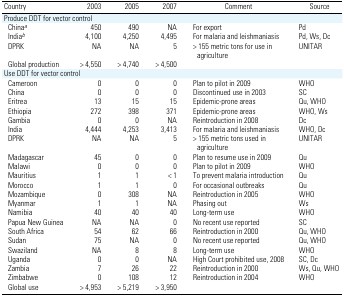
<table><thead><tr><td><b>Country</b></td><td><b>2003</b></td><td><b>2005</b></td><td><b>2007</b></td><td><b>Comment</b></td><td><b>Source</b></td></tr></thead><tbody><tr><td colspan="6">Produce DDT for vector control</td></tr><tr><td> Chinaa</td><td>450</td><td>490</td><td>NA</td><td>For export</td><td>Pd</td></tr><tr><td> Indiab</td><td>4,100</td><td>4,250</td><td>4,495</td><td>For malaria and leishmaniasis</td><td>Pd, Ws, Dc</td></tr><tr><td> DPRK</td><td>NA</td><td>NA</td><td>5</td><td>&gt; 155 metric tons for use in agriculture</td><td>UNITAR</td></tr><tr><td> Global production</td><td>&gt; 4,550</td><td>&gt; 4,740</td><td>&gt; 4,500</td><td></td><td></td></tr><tr><td colspan="6">Use DDT for vector control</td></tr><tr><td> Cameroon</td><td>0</td><td>0</td><td>0</td><td>Plan to pilot in 2009</td><td>WHO</td></tr><tr><td> China</td><td>0</td><td>0</td><td>0</td><td>Discontinued use in 2003</td><td>SC</td></tr><tr><td> Eritrea</td><td>13</td><td>15</td><td>15</td><td>Epidemic-prone areas</td><td>Qu, WHO</td></tr><tr><td> Ethiopia</td><td>272</td><td>398</td><td>371</td><td>Epidemic-prone areas</td><td>WHO, Ws</td></tr><tr><td> Gambia</td><td>0</td><td>0</td><td>NA</td><td>Reintroduction in 2008</td><td>Dc</td></tr><tr><td> India</td><td>4,444</td><td>4,253</td><td>3,413</td><td>For malaria and leishmaniasis</td><td>WHO, Dc</td></tr><tr><td> DPRK</td><td>NA</td><td>NA</td><td>5</td><td>&gt; 155 metric tons used in agriculture</td><td>UNITAR</td></tr><tr><td> Madagascar</td><td>45</td><td>0</td><td>0</td><td>Plan to resume use in 2009</td><td>Qu</td></tr><tr><td> Malawi</td><td>0</td><td>0</td><td>0</td><td>Plan to pilot in 2009</td><td>WHO</td></tr><tr><td> Mauritius</td><td>1</td><td>1</td><td>&lt; 1</td><td>To prevent malaria introduction</td><td>Qu</td></tr><tr><td> Morocco</td><td>1</td><td>1</td><td>0</td><td>For occasional outbreaks</td><td>Qu</td></tr><tr><td> Mozambique</td><td>0</td><td>308</td><td>NA</td><td>Reintroduction in 2005</td><td>WHO</td></tr><tr><td> Myanmar</td><td>1</td><td>1</td><td>NA</td><td>Phasing out</td><td>Ws</td></tr><tr><td> Namibia</td><td>40</td><td>40</td><td>40</td><td>Long-term use</td><td>WHO</td></tr><tr><td> Papua New Guinea</td><td>NA</td><td>NA</td><td>0</td><td>No recent use reported</td><td>SC</td></tr><tr><td> South Africa</td><td>54</td><td>62</td><td>66</td><td>Reintroduction in 2000</td><td>Qu, WHO</td></tr><tr><td> Sudan</td><td>75</td><td>NA</td><td>0</td><td>No recent use reported</td><td>Qu, WHO</td></tr><tr><td> Swaziland</td><td>NA</td><td>8</td><td>8</td><td>Long-term use</td><td>WHO</td></tr><tr><td> Uganda</td><td>0</td><td>0</td><td>NA</td><td>High Court prohibited use, 2008</td><td>SC, Dc</td></tr><tr><td> Zambia</td><td>7</td><td>26</td><td>22</td><td>Reintroduction in 2000</td><td>Ws, Qu, WHO</td></tr><tr><td> Zimbabwe</td><td>0</td><td>108</td><td>12</td><td>Reintroduction in 2004</td><td>WHO</td></tr><tr><td> Global use</td><td>&gt; 4,953</td><td>&gt; 5,219</td><td>&gt; 3,950</td><td></td><td></td></tr></tbody></table>